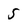
Character: 5